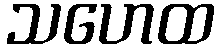
သဟေထ